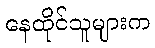
နေထိုင်သူများက